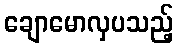
ချောမောလှပသည့်